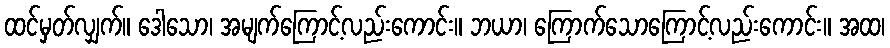
ထင်မှတ်လျှက်။ ဒေါသော၊ အမျက်ကြောင့်လည်းကောင်း။ ဘယာ၊ ကြောက်သောကြောင့်လည်းကောင်း။ အထ၊